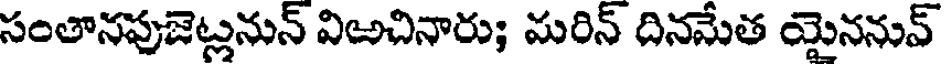
సంతానపుజెట్లనున్ విఱచినారు; మరిన్ దినమేత యైననువ్